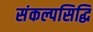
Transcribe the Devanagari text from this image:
संकल्पसिद्धि